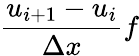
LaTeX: {\frac{u_{i+1}-u_{i}}{\Delta x}}f